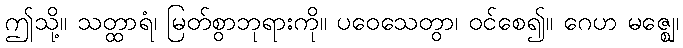
ဤသို့။ သတ္ထာရံ၊ မြတ်စွာဘုရားကို။ ပဝေသေတွာ၊ ဝင်စေ၍။ ဂေဟ မဇ္ဈေ၊